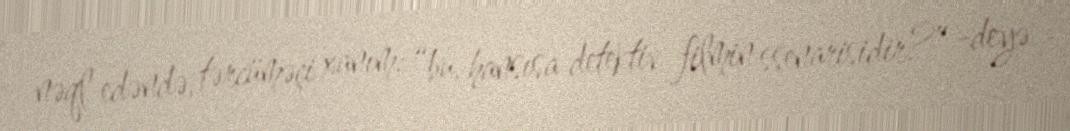
nəql edəndə, tərcüməçi xanım: “bu, hansısa detektiv filmin ssenarisidir?” -deyə